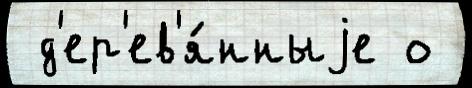
 д'ер'ев'я́нныjе о